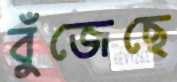
বুঁজেছে